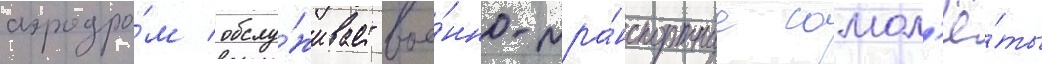
аэродро́м обслу́живает вое́нно-тра́нспортные самол'ё́ты